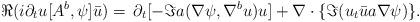
LaTeX: \begin{align*} \Re(i \partial_t u [A^b,\psi]\bar u)= \, \partial_t [-\Im a(\nabla \psi,{\nabla^b u}) u] + \nabla\cdot \{\Im(u_t \bar u a \nabla \psi)\}. \end{align*}